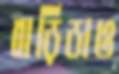
বাড়িডাও